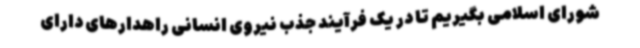
شورای اسلامی بگیریم تا در یک فرآیند جذب نیروی انسانی راهدارهای دارای